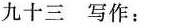
九十三 写作：